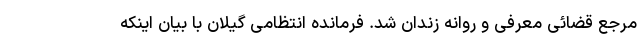
مرجع قضائی معرفی و روانه زندان شد. فرمانده انتظامی گیلان با بیان اینکه